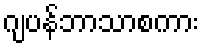
ဂျပန်ဘာသာစကား